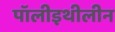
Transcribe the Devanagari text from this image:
पॉलीइथीलीन